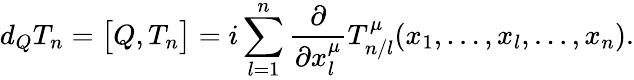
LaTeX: d_{Q}T_{n}=\bigl[Q,T_{n}\bigr]=i\sum_{l=1}^{n}\frac{\partial}{\partial x_{l}^{\mu}}T_{n/l}^{\mu}(x_{1},\ldots,x_{l},\ldots,x_{n}).